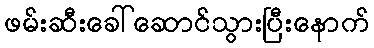
ဖမ်းဆီးခေါ်ဆောင်သွားပြီးနောက်